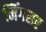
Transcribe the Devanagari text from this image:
मिंगसर